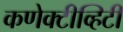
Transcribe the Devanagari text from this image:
कणेक्टीव्हिटी